Scottish Certificate of Education, 1962
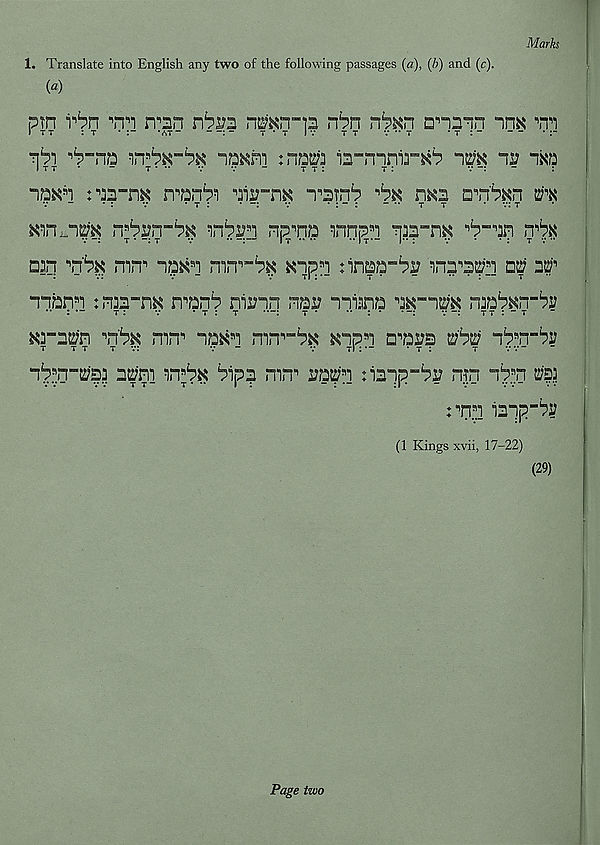
Marks
1. Translate into English any two of the following passages (a), (b) and (c).
(*)
ptn i^n wi n^nri nbvz n^n-p n^n n^n nnnin im
■n^i
-itt&ni :n^3 p-nnnir^
iv -wa
Itt*
-
t *
v
v
-
t t :
t :
v
:
-pN*} ^p-n^: npn^i 'fiy-m iptn 2 ? 'bx nm
m
nppQ pnp a i -nm-™ 'b-'in
□p vb$ mn a “p*n
:ina?3”^i? pnp^i Ditf it
*Tibn B i :n3n”n« nmb nimn nrsr “nianb 'M-im
:
T :
v
’t:t
••-:
t *
*• : * •
v
tt : “ t
xnm t6k mn a
mn a “b« ^p s i nrai?2 uibw n^an"^
nttf'ni
Pip? nin a
tPnp-Px? np npn m
: p a i Ppp“^
(1 Kings xvii, 17-22)
(29)
Page two